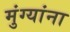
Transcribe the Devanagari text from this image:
मुंग्यांना